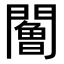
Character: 𨶧